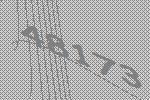
48173